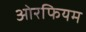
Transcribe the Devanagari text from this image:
ओरफियम